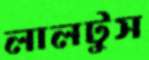
লালটুস